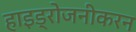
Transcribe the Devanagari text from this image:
हाइड्रोजनीकरन